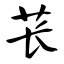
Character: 苌